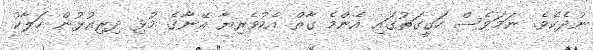
ނުދެކެވެ. ނަމަވެސް ހަގީގަތުގައި އެންމެ ގާތް އެކުވެރިޔާ އޭނާގެ މުޅި ދިރިއުޅުން ހަލާކު